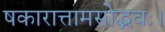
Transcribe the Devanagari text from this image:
षकारात्तामसोद्भवः।